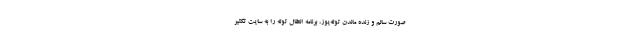
صورت سالم و زنده ماندن توله‌یوز، برنامه انتقال توله را به سایت تکثیر